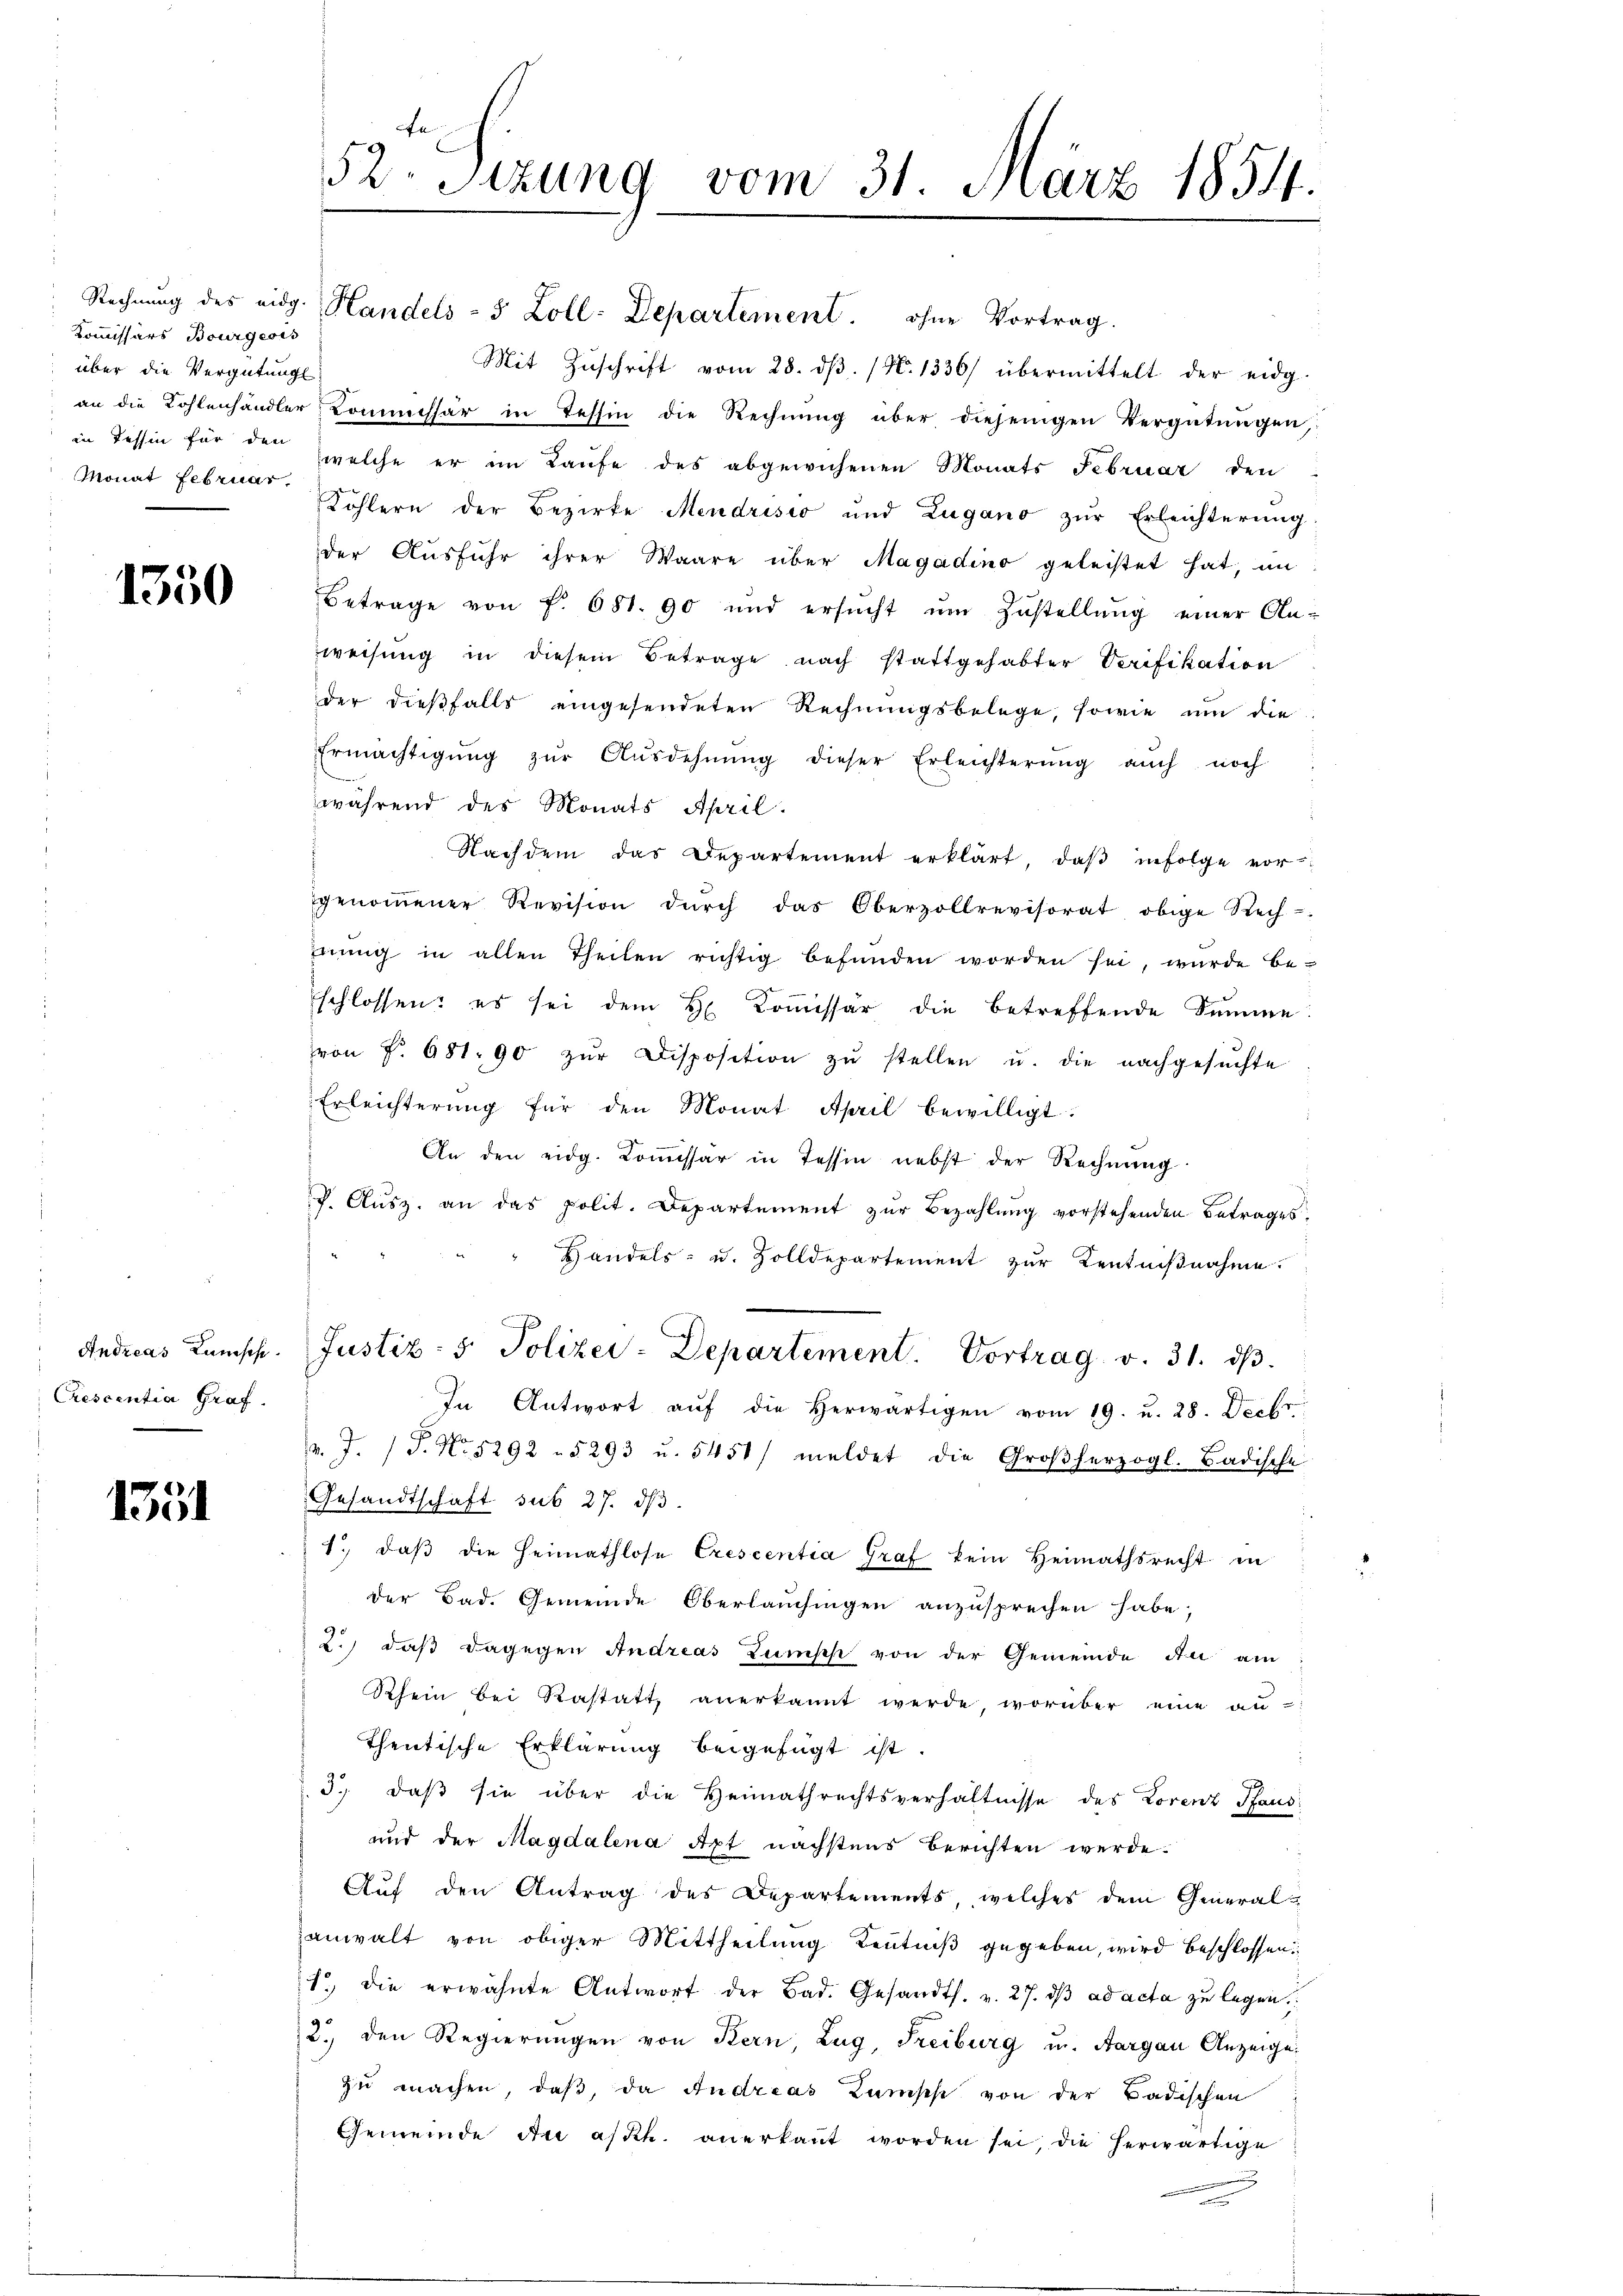
Kommissärs Bourgeois
über die Vergütung
Monat Februar,

1350

Andreas Kunsch
Crescentia Graf

1351

52. Sitzung vom 31. März 1854.

Rechnung des eidg. Handels- 5 Zoll-Departement. ohne Vortrag.
Mit Zŭschrift vom 28. dβ. (N. 1336) übermittelt der eidg.
an die Kohlenhändler Kommissär in Tessin die Rechnŭng über diejenigen Vergütŭngen,
Tessin für den welche er im Laufe des abgewichenen Monats Februar den
Köhlern der Bezirke Mendrisio und Zugano zŭr Erleichterŭng.
der Aŭsführ ihrer Waare über Magadino geleistet hat, im
Betrage von f. 681. 90 und ersŭcht ŭm Zŭstellŭng einer An-
weisung in diesem Betrage nach stattgehabter Serifikation
der dießfalls eingesendeten Rechnungsbelege, sowie um die
Ermächtigŭng zŭr Aŭsdehnŭng dieser Erleichterŭng aŭch noch
während des Monats April.
Nachdem das Departement erklärt, daβ infolge vor
genoṁener Revision dŭrch das Oberzollrevisorat obige Rech-
nŭng in allen Theilen richtig befŭnden worden sei, wurde be-
schlossen: es sei dem H Coṁissär die betreffende Summe
von f. 681. 90 zŭr Disposition zŭ stellen u. die nachgesŭchte
Erleichterung für den Monat April bewilligt:
An den eidg. Koṁissär in Tessin nebst der Rechnung
P. Aŭsz. an das polit. Departement zŭr Bezahlŭng vorstehenden Betrages.
Handels- u. Zolldepartement zur Kentnißnahme.
Justiz- & Polizei-Departement. Vortrag v. 31. ds.
In Antwort aŭf die herwärtigen vom 19. u. 28. Decbr.
v. J. J. No. 5292 - 5293 u. 5451/ meldet die Großherzogl. Badische
Gesandtschaft sub 27. dβ.
1. daβ die Heimathlose Crescentia Graf kein Heimathsrecht in
der Bad. Gemeinde Oberlauchingen anzusprechen habe;
2.) daß dagegen Andreas Lumpe von der Gemeinde du am
Rhein bei Rastatt, anerkannt werde, worüber eine au-
thentische Erklärung beigefügt ist.
3.) daß sie über die Heimathrechtsverhältnisse des Lorenz Paus
und der Magdalena Apt nächstens berichten werde.
Auf den Antrag des Departements, welches dem General-
anwalt von obiger Mittheilung Kenntniß gegeben, wird beschlossen
1 die erwähnte Antwort der Bad. Gesandts. v. 27. dβ ad acta zu legen.
2. den Regierŭngen von Kern, Zug, Freiburg u. Aargau Anzeige
zu machen, daß, da Andreas Kamisch von der Badischen
Gemeinde in askk. anerkannt worden sei, die herwärtige
2
e